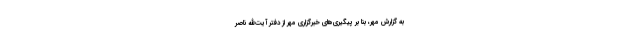
به گزارش مهر، بنا بر پیگیری‌های خبرگزاری مهر از دفتر آیت‌الله ناصر